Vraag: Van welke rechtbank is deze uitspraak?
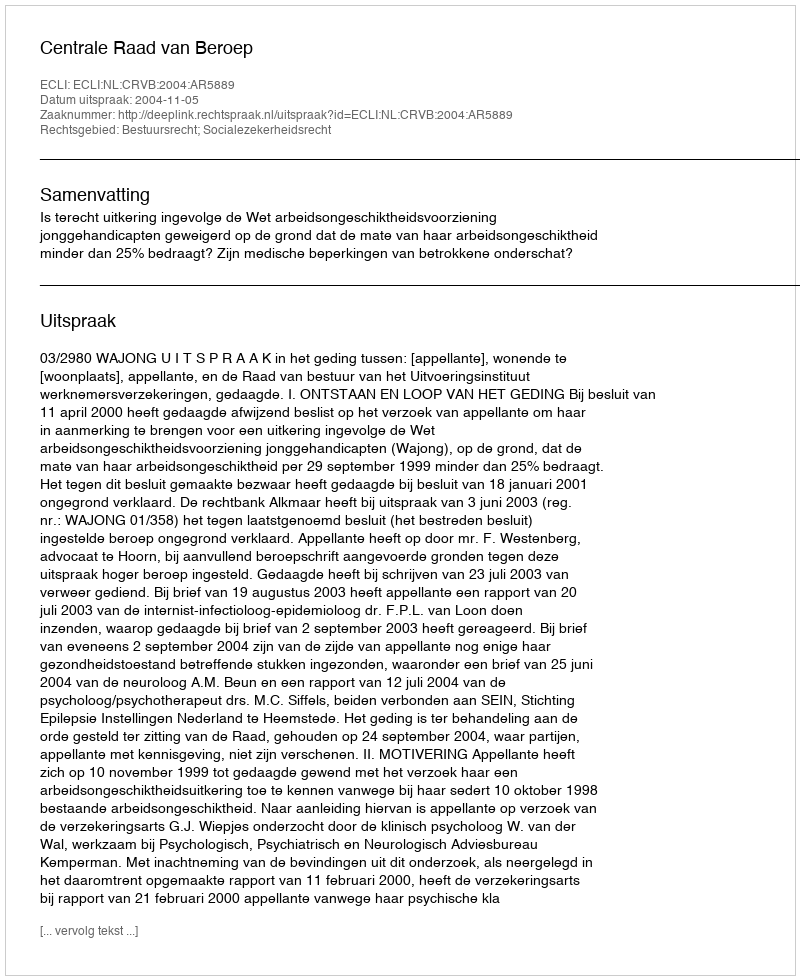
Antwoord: Centrale Raad van Beroep